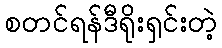
စတင်ရန်ဒီရိုးရှင်းတဲ့